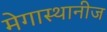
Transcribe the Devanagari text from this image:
मेगास्थानीज